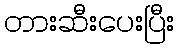
တားဆီးပေးပြီး